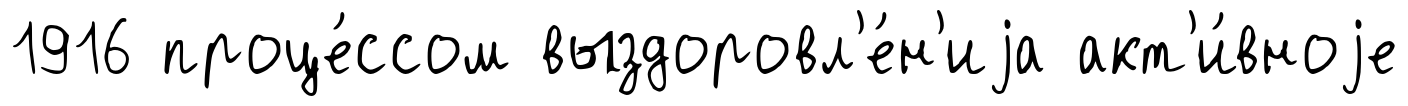
1916 проце́ссом выздоровл'е́н'иjа акт'и́вноjе